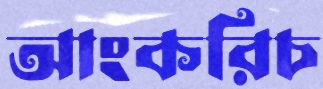
আংকরিচ